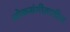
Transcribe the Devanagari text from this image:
लोकसंगीतातील